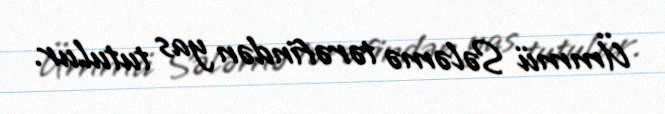
Ümmü Sələmə tərəfindən yas tutulur.